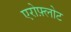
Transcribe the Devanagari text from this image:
एरोफ़्लोट